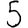
Digit: 5